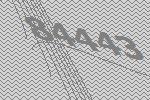
84443